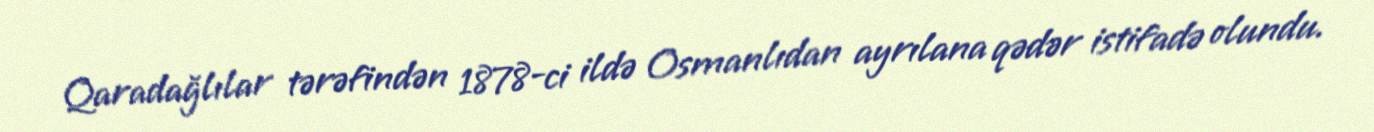
Qaradağlılar tərəfindən 1878-ci ildə Osmanlıdan ayrılana qədər istifadə olundu.